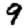
Digit: 9